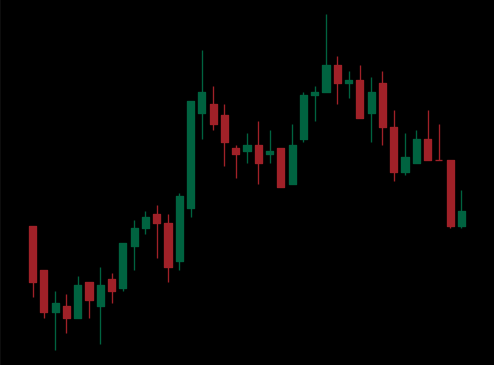
Pattern: bear_flag